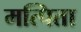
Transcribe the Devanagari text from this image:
मत्पिता